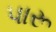
પારૂ